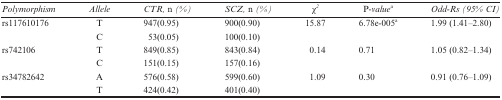
<table><thead><tr><td><b><i>Polymorphism</i></b></td><td><b><i>Allele</i></b></td><td><b><i>CTR,</i> n <i>(%)</i></b></td><td><b><i>SCZ,</i> n <i>(%)</i></b></td><td><b>χ<sup><i>2</i></sup></b></td><td><b>P<i>-value</i>a</b></td><td><b><i>Odd-Rs (95% CI)</i></b></td></tr></thead><tbody><tr><td>rs117610176</td><td>T</td><td>947(0.95)</td><td>900(0.90)</td><td>15.87</td><td>6.78e-005a</td><td>1.99 (1.41–2.80)</td></tr><tr><td>[EMPTY_CELL]</td><td>C</td><td>53(0.05)</td><td>100(0.10)</td><td>[EMPTY_CELL]</td><td>[EMPTY_CELL]</td><td>[EMPTY_CELL]</td></tr><tr><td>rs742106</td><td>T</td><td>849(0.85)</td><td>843(0.84)</td><td>0.14</td><td>0.71</td><td>1.05 (0.82–1.34)</td></tr><tr><td>[EMPTY_CELL]</td><td>C</td><td>151(0.15)</td><td>157(0.16)</td><td>[EMPTY_CELL]</td><td>[EMPTY_CELL]</td><td>[EMPTY_CELL]</td></tr><tr><td>rs34782642</td><td>A</td><td>576(0.58)</td><td>599(0.60)</td><td>1.09</td><td>0.30</td><td>0.91 (0.76–1.09)</td></tr><tr><td>[EMPTY_CELL]</td><td>T</td><td>424(0.42)</td><td>401(0.40)</td><td>[EMPTY_CELL]</td><td>[EMPTY_CELL]</td><td>[EMPTY_CELL]</td></tr></tbody></table>